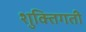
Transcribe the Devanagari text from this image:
शुक्तिगती